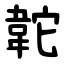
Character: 䪑